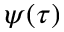
\psi ( \tau )